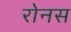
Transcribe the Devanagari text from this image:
रोनस